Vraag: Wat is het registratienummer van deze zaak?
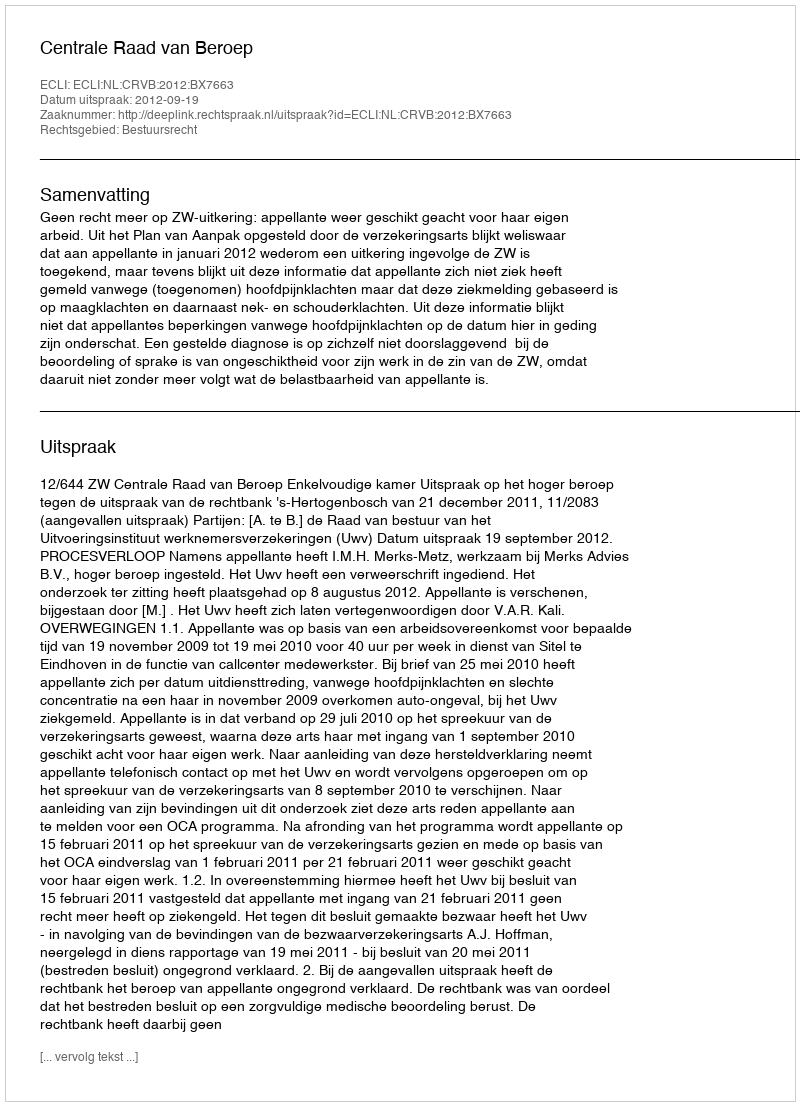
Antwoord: http://deeplink.rechtspraak.nl/uitspraak?id=ECLI:NL:CRVB:2012:BX7663